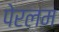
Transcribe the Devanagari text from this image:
पेरलम